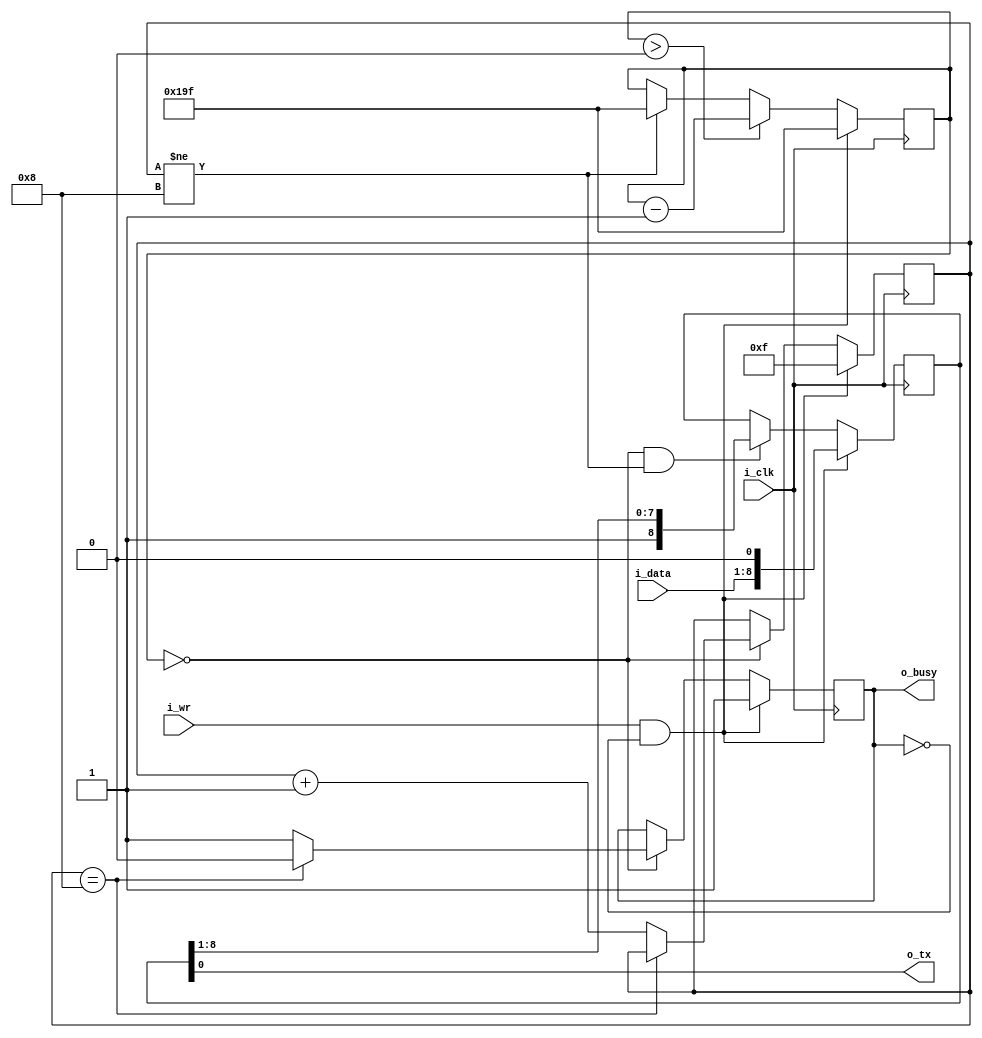
module serial_tx #(
  parameter CLK_FREQ = 48_000_000,      // clock frequency (Hz)
  parameter BAUD_RATE = 115_200         // baud rate (bits per second)
) (
  input             i_clk,              // system clock
  input             i_wr,               // write-request strobe
  input       [7:0] i_data,             // octet to transmit
  output reg        o_busy,             // transmitter busy signal
  output            o_tx                // transmit line
);

  // transmission start signal
  wire start;
  assign start = (i_wr && !o_busy);

  // clock divider for baud_stb
  localparam BAUD_CLKS = CLK_FREQ / BAUD_RATE;
  localparam CNT_BITS = $clog2(BAUD_CLKS);
  reg [CNT_BITS-1:0] baud_cnt;
  initial baud_cnt = 0;
  always @(posedge i_clk)
    if (start)
      baud_cnt <= BAUD_CLKS - 1'b1;
    else if (baud_cnt > 0)
      baud_cnt <= baud_cnt - 1'b1;
    else if (state != STOP)
      baud_cnt <= BAUD_CLKS - 1'b1;
  wire baud_stb;
  assign baud_stb = (baud_cnt == 0);

  // enumerated values for state
  parameter START   = 4'hF;
  /* 0..7 are bit transmit positions */
  parameter STOP    = 4'h8;

  // bit transmission state-machine
  reg [3:0] state;
  initial { o_busy, state } = { 1'b0, STOP };  // begin in idle state
  always @(posedge i_clk)
    if (start)
      // start transmitting
      { o_busy, state } <= { 1'b1, START };
    else if (baud_stb)
      begin
        if (state == STOP)
          // stop transmitting (idle)
          o_busy <= 1'b0;  // clear busy flag
        else
          // transmit next bit
          { o_busy, state } <= { 1'b1, (state + 1'b1) };
      end

  // bit transmission shift-register
  reg [8:0] data_sr;
  initial data_sr = 9'h1FF;
  always @(posedge i_clk)
    if (start)
      // capture data and send start-bit
      data_sr <= { i_data, 1'b0 };
    else if (baud_stb && (state != STOP))
      // shift 1-bits in from MSB
      data_sr <= { 1'b1, data_sr[8:1] };

  assign o_tx = data_sr[0];  // output LSB of shift-register

endmodule